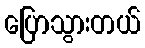
ပြောသွားတယ်